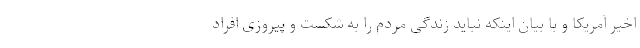
اخیر آمریکا و با بیان اینکه نباید زندگی مردم را به شکست و پیروزی افراد